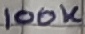
Text: 100K